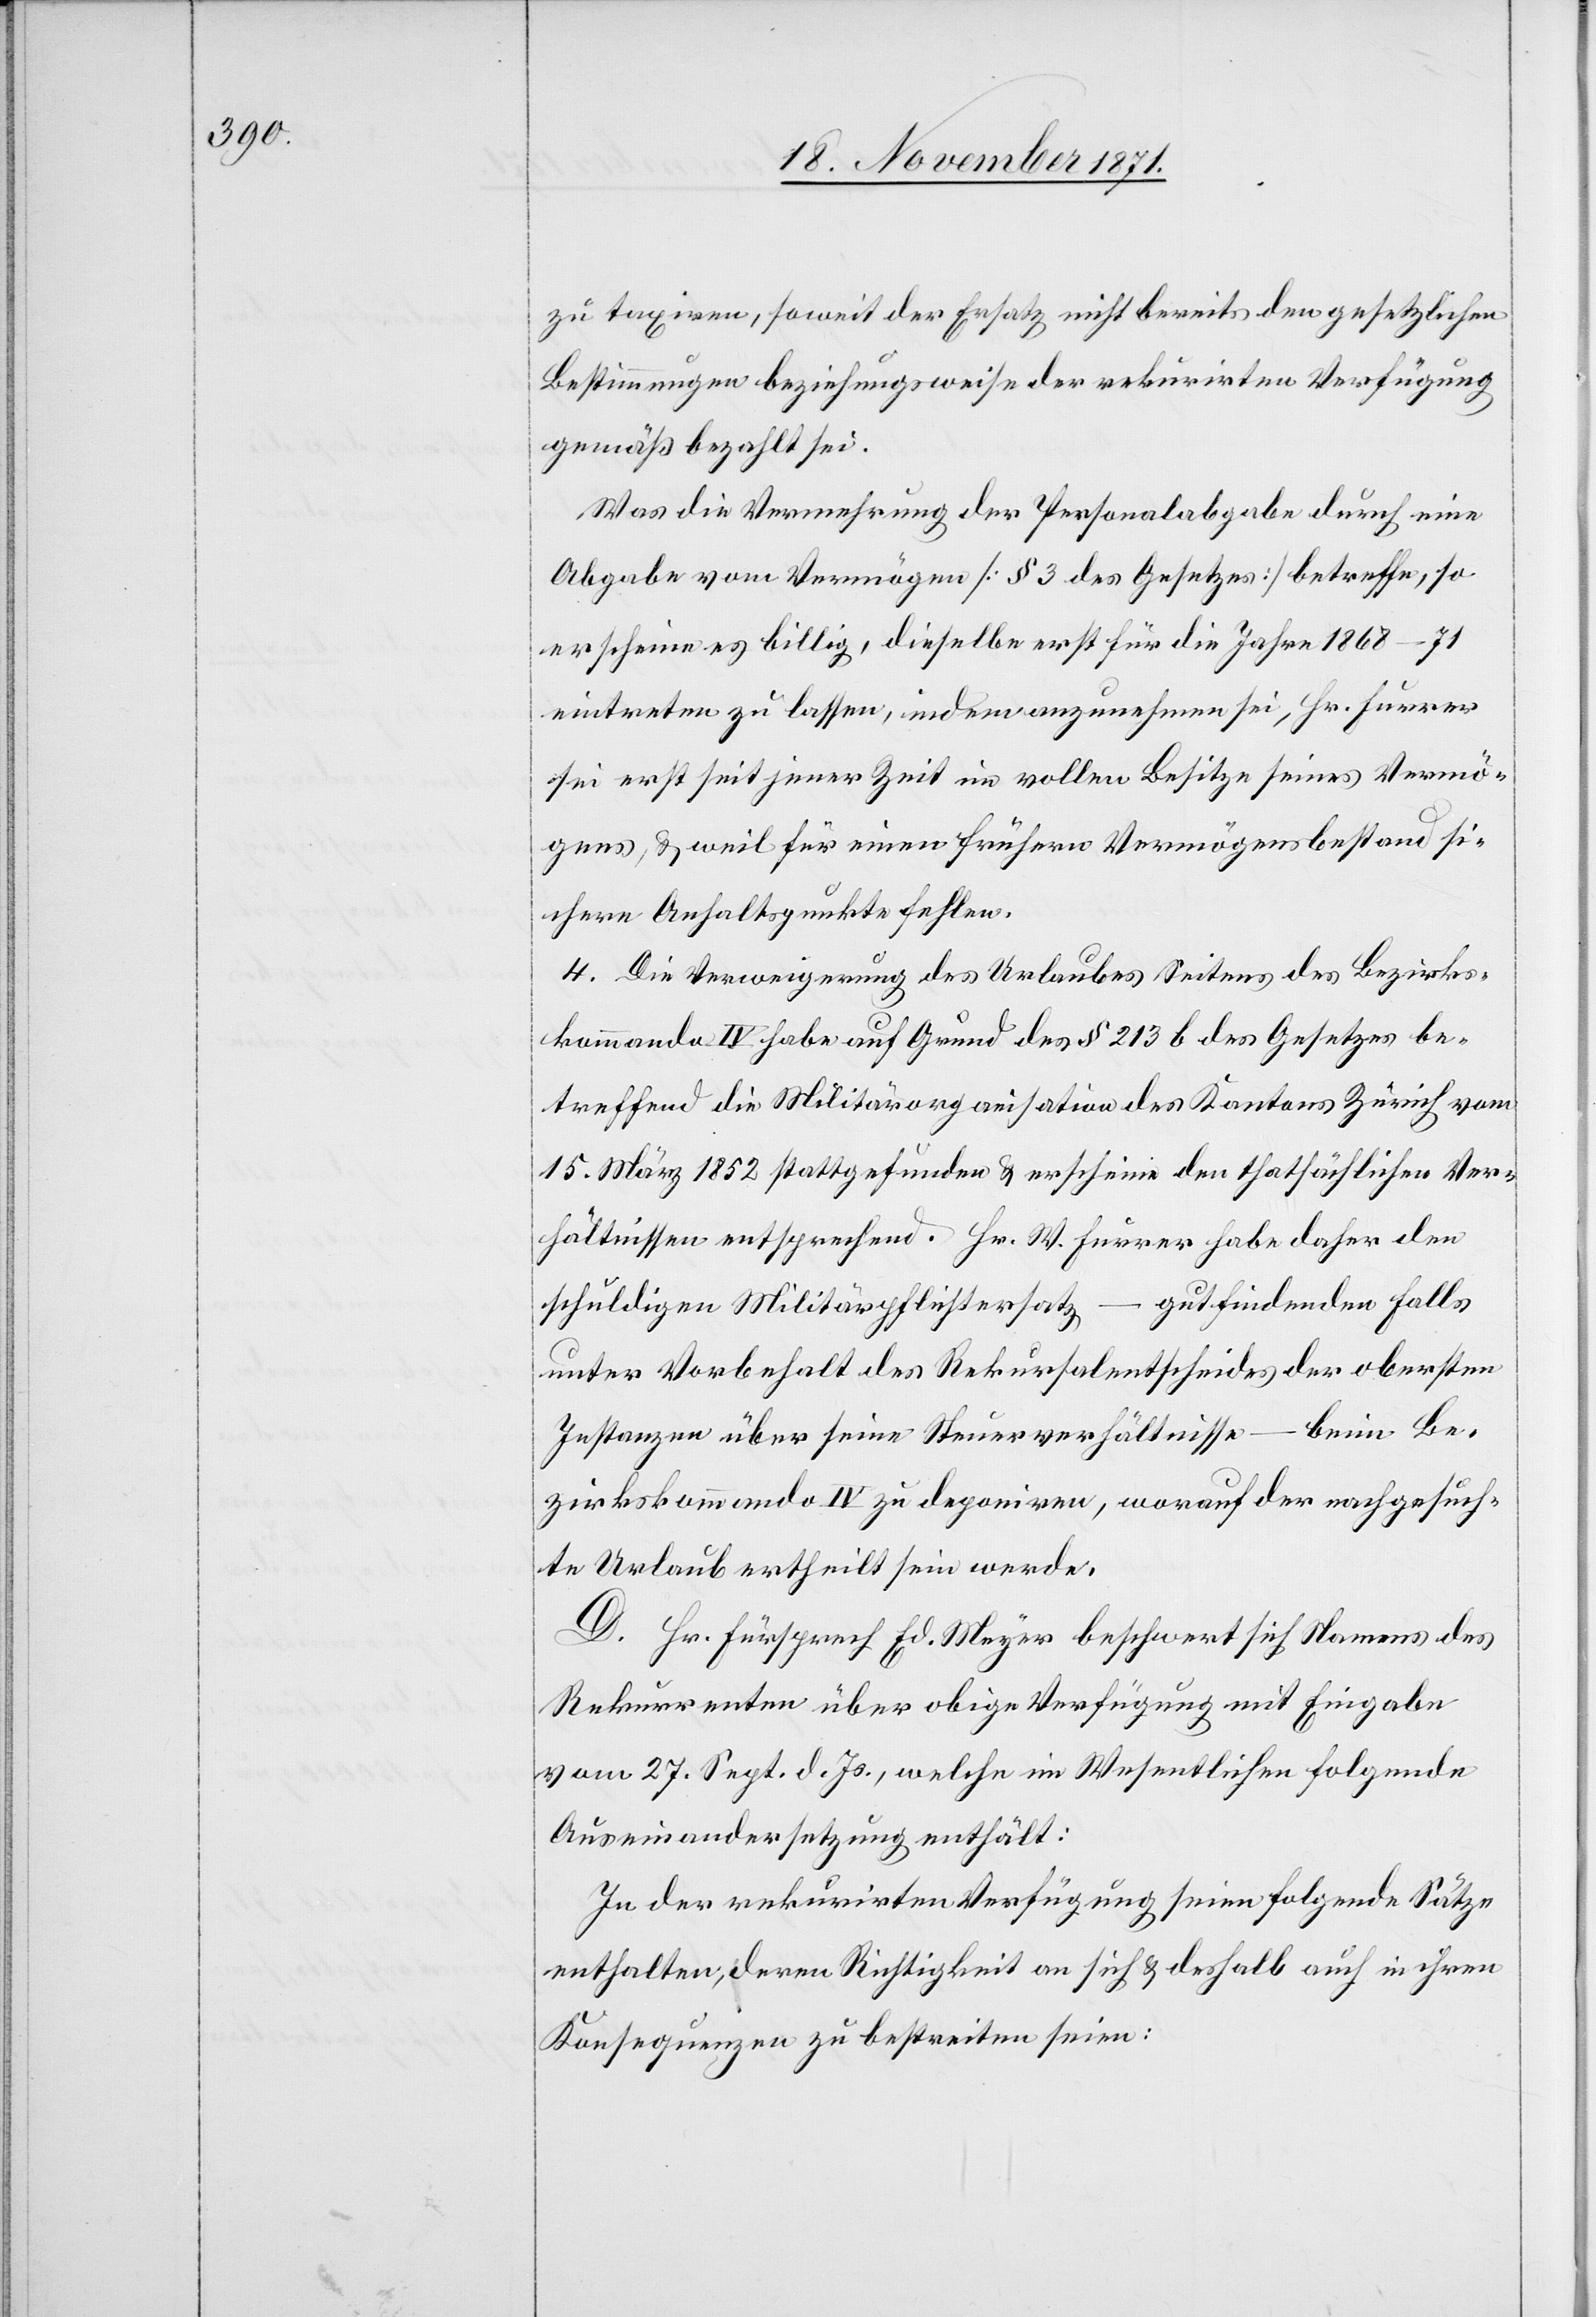
zu taxiren, soweit der Ersatz nicht bereits den gesetzlichen
Bestimmungen beziehungsweise der rekurirten Verfügung
gemäß bezahlt sei.
Was die Vermehrung der Personalabgabe durch eine
Abgabe von Vermögen [§ 3 des Gesetzes] betreffe, so
erscheine es billig, dieselbe erst für die Jahre 1868–71
eintreten zu lassen, indem anzunehmen sei, Hr. Furrer
sei erst seit jener Zeit im vollen Besitze seines Vermö¬
gens, & weil für einen frühern Vermögensbestand si¬
chere Anhaltspunkte fehlen.
4. Die Verweigerung des Urlaubes Seitens des Bezirks¬
kommano IV habe auf Grund des § 213 b des Gesetzes be¬
treffend die Militärorganisation des Kantons Zürich vom
15. März 1852 stattgefunden & erscheine den thatsächlichen Ver¬
hältnissen entsprechend. Hr. W. Furrer habe daher den
schuldigen Militärpflichtersatz – gutfindenden Falls
unter Vorbehalt des Rekursalentscheides der obersten
Instanzen über seine Steuerverhältnisse – beim Be¬
zirkskommando IV zu deponiren, worauf der nachgesuch¬
te Urlaub ertheilt sein werde.
D. Hr. Fürsprech Ed. Meyer beschwert sich Namens des
Rekurrenten über obige Verfügung mit Eingabe
vom 27. Sept. d. Js., welche im Wesentlichen folgende
Auseinandersetzung enthält:
In der rekurirten Verfügung seien folgende Sätze
enthalten, deren Richtigkeit an sich & deshalb auch in ihren
Konsequenzen zu bestreiten seien: